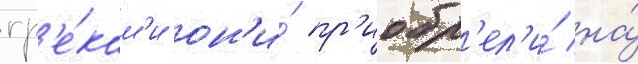
гр'е́кам'и он'и́ пр'иобр'ел'и́ на́